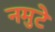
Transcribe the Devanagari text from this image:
नमुटे